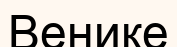
Венике